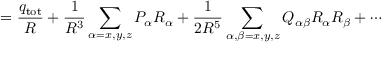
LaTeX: = { \frac { q _ { \mathrm { t o t } } } { R } } + { \frac { 1 } { R ^ { 3 } } } \sum _ { \alpha = x , y , z } P _ { \alpha } R _ { \alpha } + { \frac { 1 } { 2 R ^ { 5 } } } \sum _ { \alpha , \beta = x , y , z } Q _ { \alpha \beta } R _ { \alpha } R _ { \beta } + \cdots